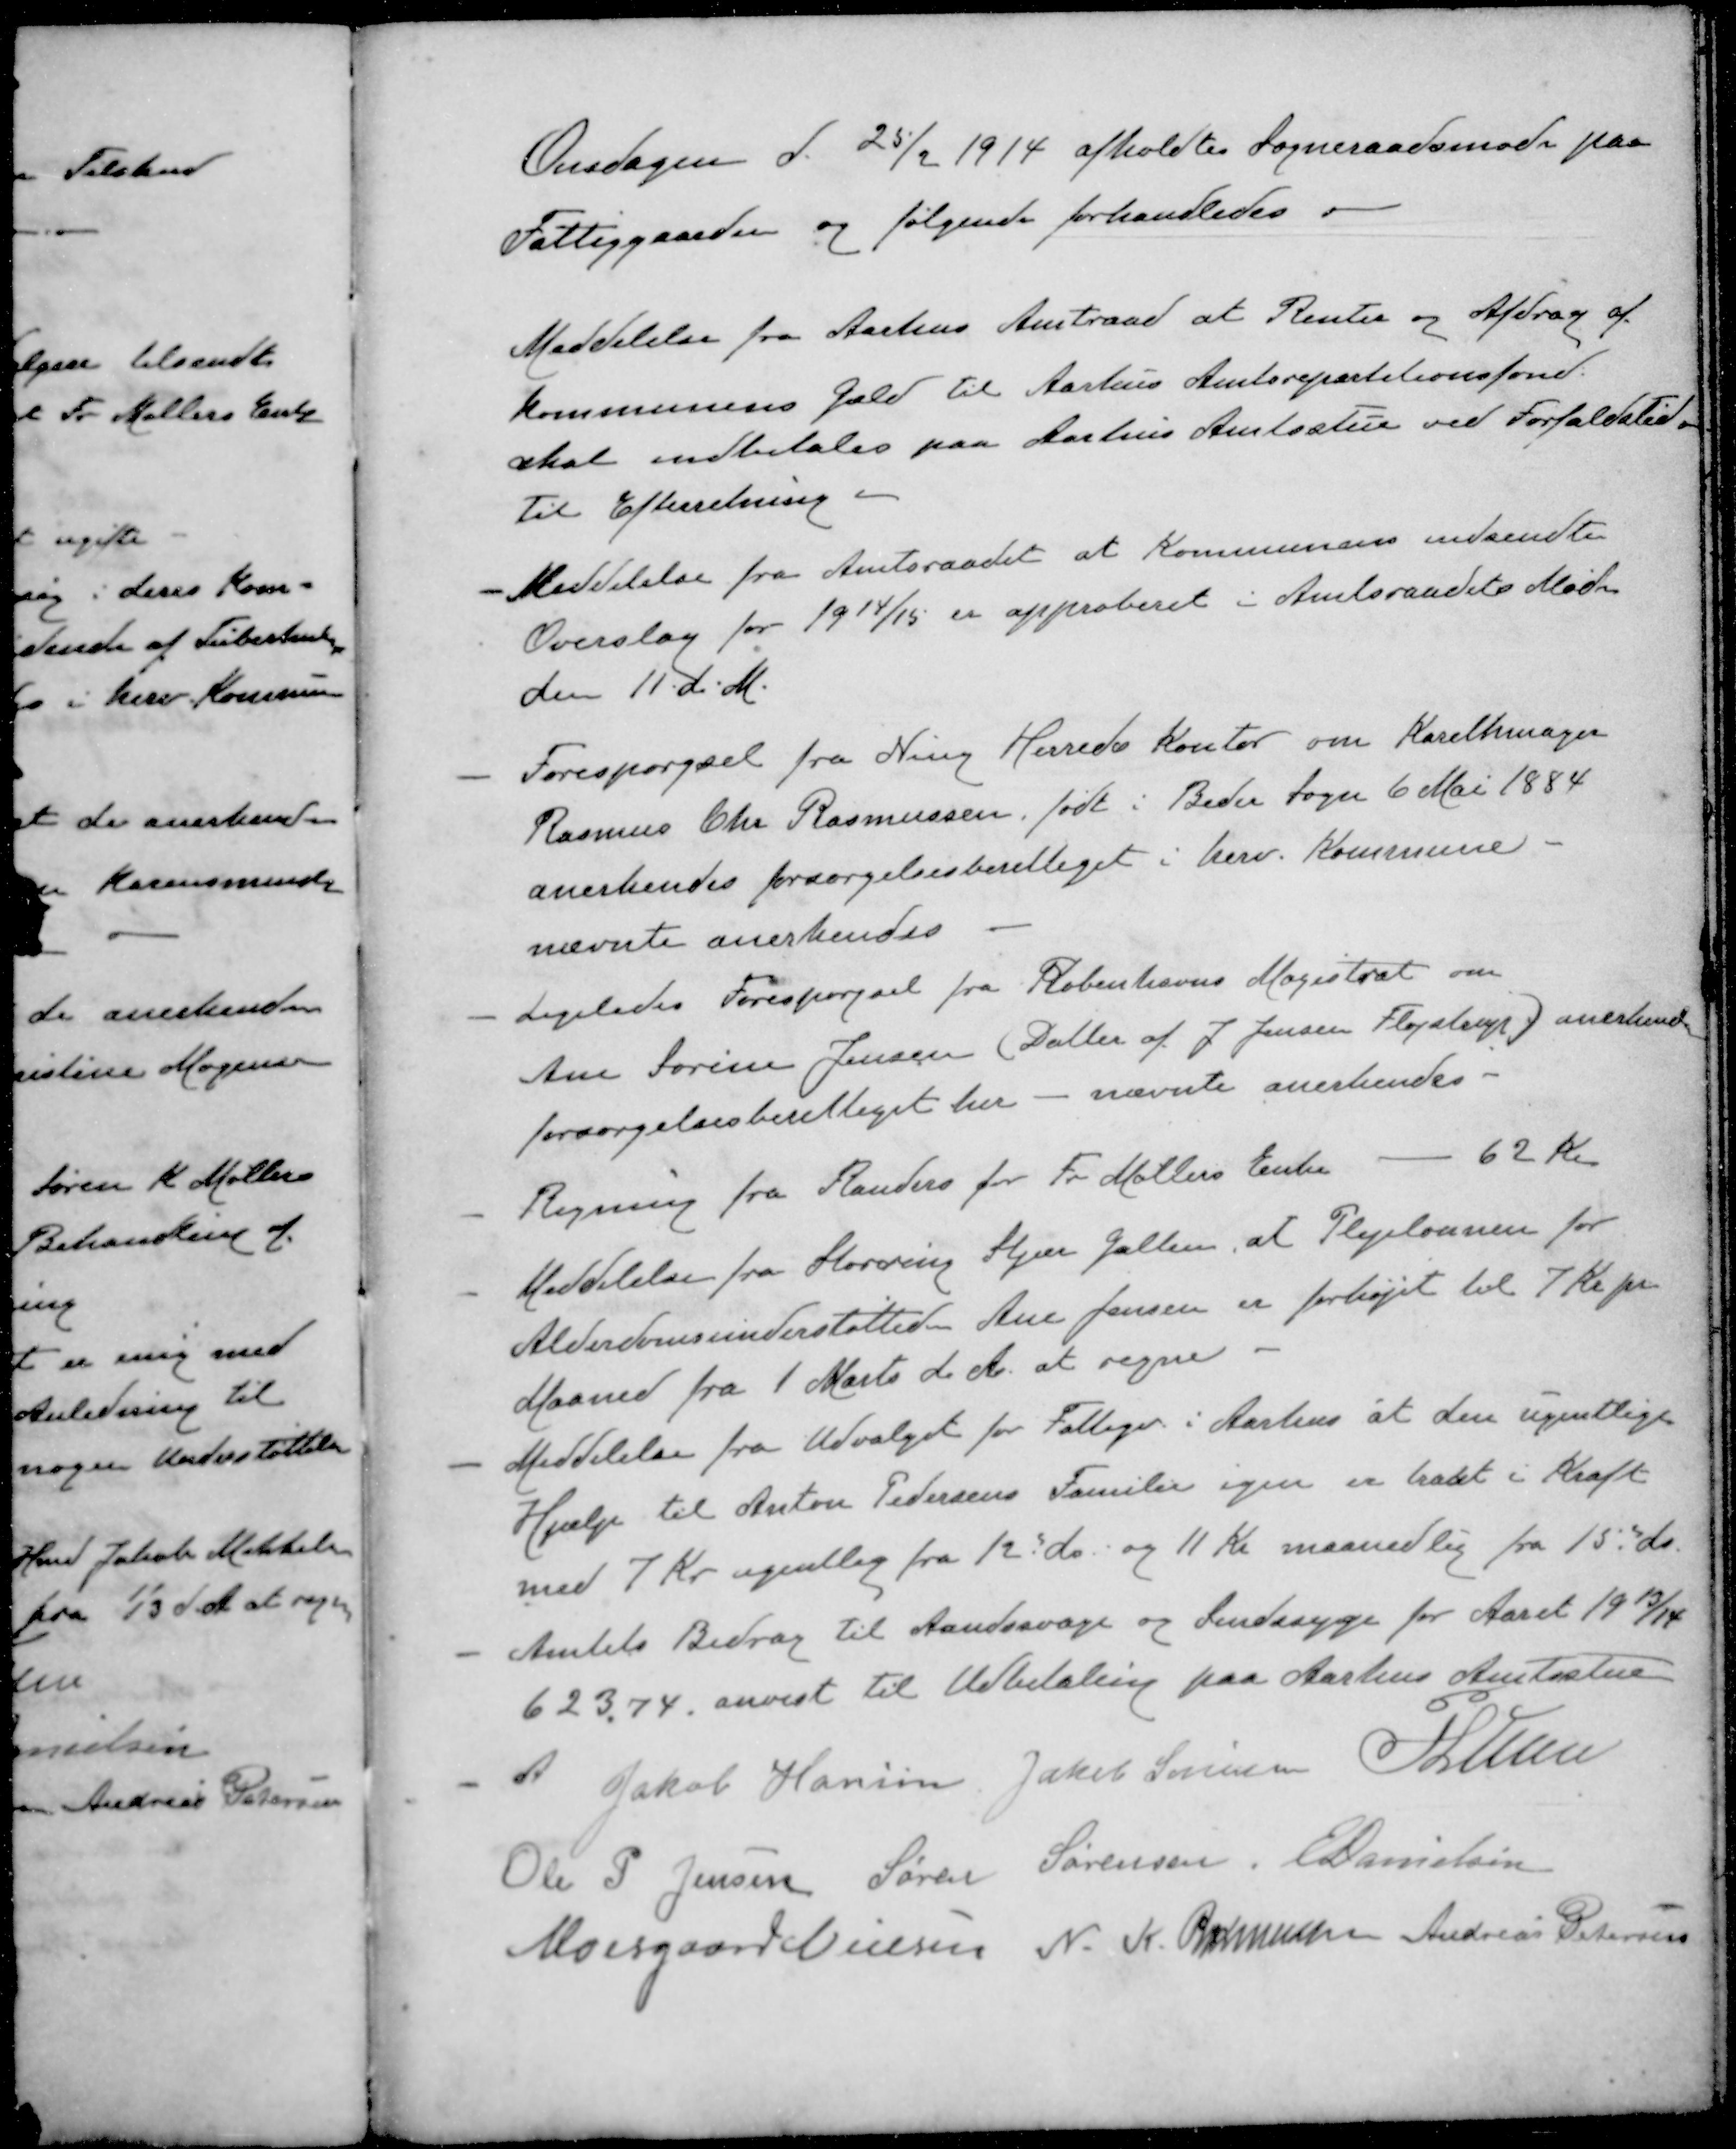
Transskription:
Onsdagen d. 25/2 1914 afholdtes Sogneraadsmøde paa
Fattiggaarden og følgende forhandledes
Meddelelse fra Aarhus Amtraad at Renter og Afdrag af
Kommunens Gæld til Aarhus Amtsrepartitionsfond.
skal indbetales paa Aarhus Amtsstue ved Forfaldstid
Til Efterretning
- Meddelelse fra Amtsraadet at Kommunens indsendte
Overslag for 1914/15 er approberet i Amtsraadets Møde
den 11 d. M.
- Forespørgsel fra Ning Herreds Kontor om Karethmager
Rasmus Chr Rasmussen, født i Beder Sogn 6 Mai 1884
anerkendes forsørgelsesberettiget i herv. Kommune -
nævnte anerkendes
- Ligeledes Forespørgsel fra Københavns Magistrat om
Ane Sørine Jensen (Datter af J. Jensen Fløjstrup) anerkendes
forsørgelsesberettiget her - nævnte anerkendes.
- Regning fra Randers for Fr Møllers Enke - 62 kr
- Meddelelse fra Storring Stjær Galten, at Plejelønnen for
Alderdomsunderstøttede Ane Jensen er forhøjet til 7 Kr pr
Maaned fra 1 Marts d. A. at regne
- Meddelelse fra Udvalget for Fattigv i Aarhus at den ugentlige
Hjælp til Anton Pedersens Familie igen er traat i Kraft
med 7 Kr. ugentlig fra 12 ds. og 11 Kr maanedlig fra 15 ds.
- Amtets Bidrag til Aandssvage og Sindssyge for Aaret 1913/14
623,74 anvist til Udbetaling paa Aarhus Amtsstue
Jakob Hansen
Jakob Sørensen
P Lunn
Ole P Jensen
Søren Sørensen
E Danielsen
Moesgaard Nielsen
N. K. Rasmussen
Andreas Petersen